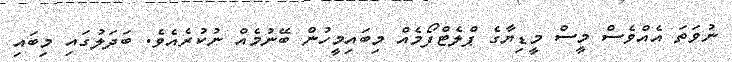
ނުވަތަ އެއްވެސް މީސް މީޑިޔާގެ ޕްލެޓްފޯމެއް މިބައިމީހުން ބޭނުމެއް ނުކުރެއެވެ. ބަދަލުގައި މިބައި